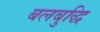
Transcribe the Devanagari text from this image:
बलबुद्धि